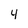
Character: 4